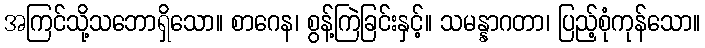
အကြင်သို့သဘောရှိသော။ စာဂေန၊ စွန့်ကြဲခြင်းနှင့်။ သမန္နာဂတာ၊ ပြည့်စုံကုန်သော။